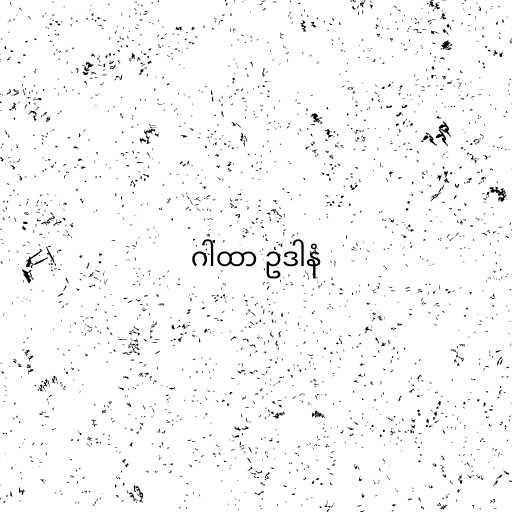
ဂါထာ ဥဒါနံ